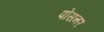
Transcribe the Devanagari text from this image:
पोसनर